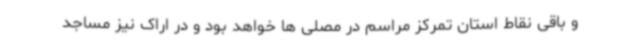
و باقی نقاط استان تمرکز مراسم در مصلی ها خواهد بود و در اراک نیز مساجد